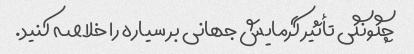
چگونگی تأثیر گرمایش جهانی بر سیاره را خلاصه کنید.